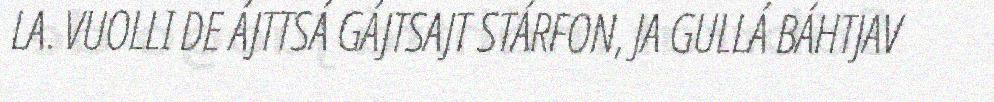
LA. VUOLLI DE ÁJTTSÁ GÁJTSAJT STÁRFON, JA GULLÁ BÁHTJAV